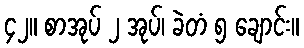
၄၂။ စာအုပ် ၂ အုပ်၊ ခဲတံ ၅ ချောင်း။